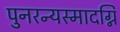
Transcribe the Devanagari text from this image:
पुनरन्यस्मादग्नि